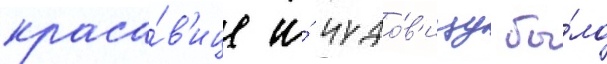
краса́в'ице и́ чудо́в'ищу бы́ло